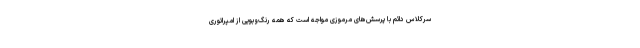
سرکلاس دائم با پرسش‌های مرموزی مواجه است که همه رنگ‌وبویی از امپراتوری